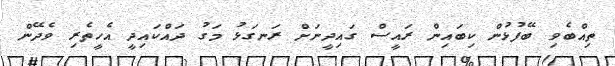
ތިއްބެވި ބޭފުޅުން ކިބައިން ރައީސް ގައިދީނަށް ރަނގަޅު މަގު ދައްކައިދީ އެހީތެރި ވެދޭން